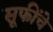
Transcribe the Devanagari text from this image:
सूफींचे